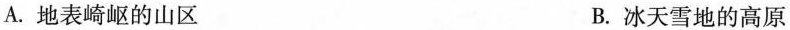
A.地表崎岖的山区 B.冰天雪地的高原